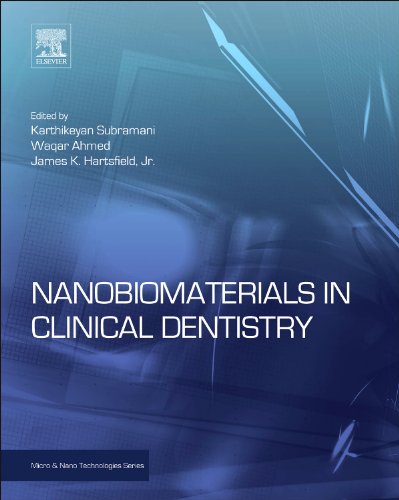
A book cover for Nanobiomaterials in Clinical Dentistry (Micro and Nano Technologies); Medical Books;